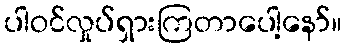
ပါဝင်လှုပ်ရှားကြတာပေါ့နော်။